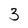
Character: 3